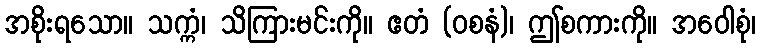
အစိုးရသော။ သက္ကံ၊ သိကြားမင်းကို။ ဧတံ (ဝစနံ)၊ ဤစကားကို။ အဝေါစုံ၊